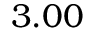
3 . 0 0